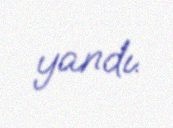
yandı.